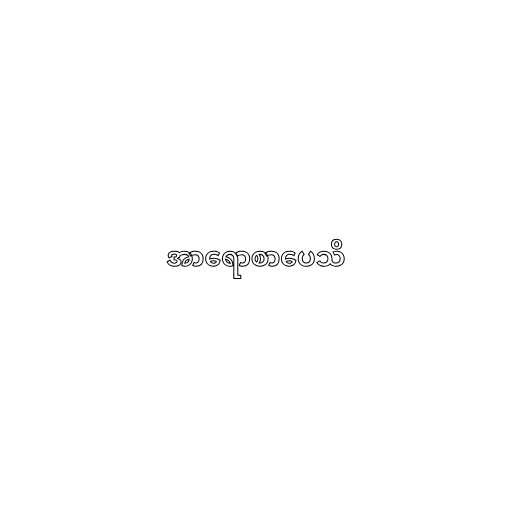
အာရောစာပေသိ